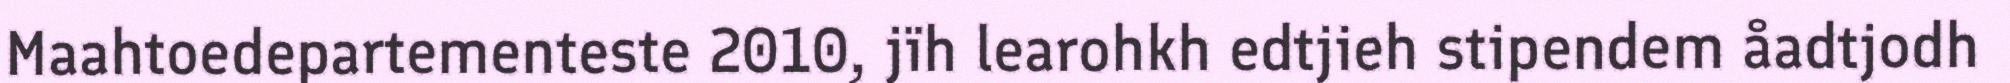
Maahtoedepartementeste 2010, jïh learohkh edtjieh stipendem åadtjodh